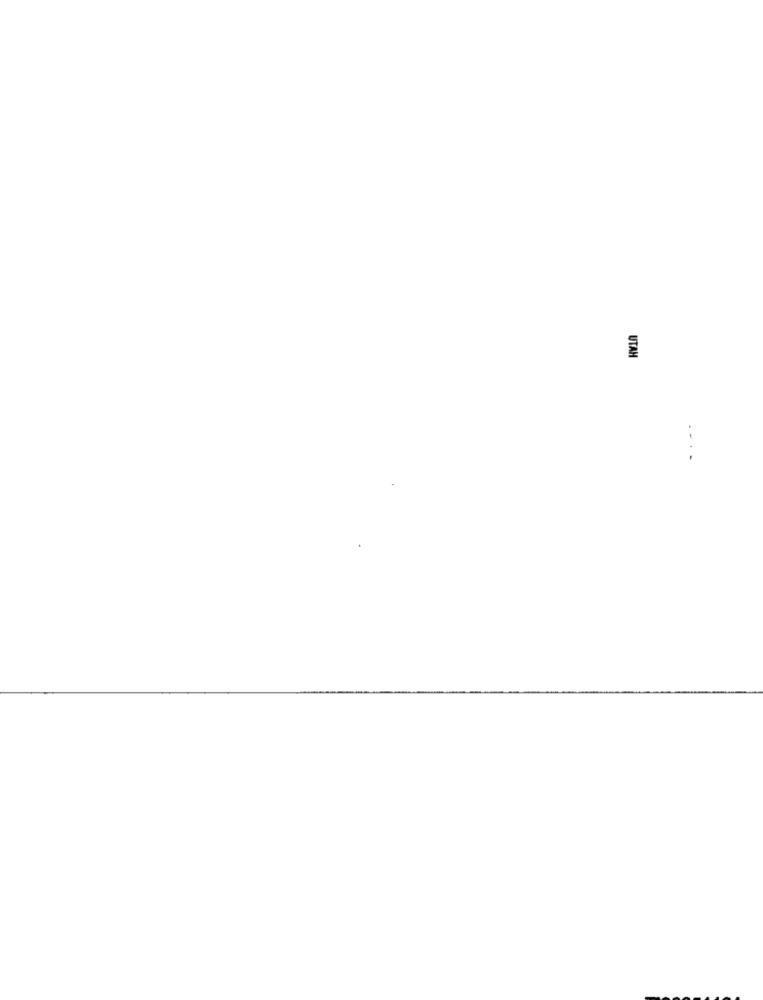
UTAH
...